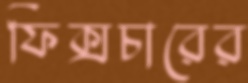
ফিক্সচারের